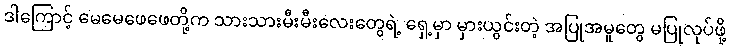
ဒါကြောင့် မေမေဖေဖေတို့က သားသားမီးမီးလေးတွေရဲ့ ရှေ့မှာ မှားယွင်းတဲ့ အပြုအမူတွေ မပြုလုပ်ဖို့